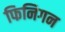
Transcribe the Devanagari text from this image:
फिनिगन